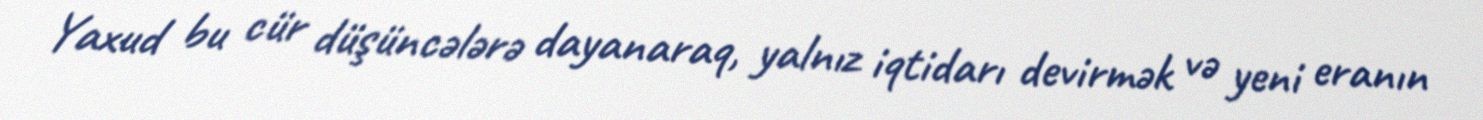
Yaxud bu cür düşüncələrə dayanaraq, yalnız iqtidarı devirmək və yeni eranın